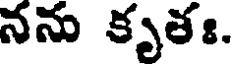
నను కృతః.